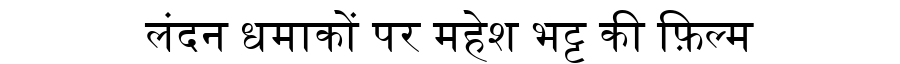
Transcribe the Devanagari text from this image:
लंदन धमाकों पर महेश भट्ट की फ़िल्म